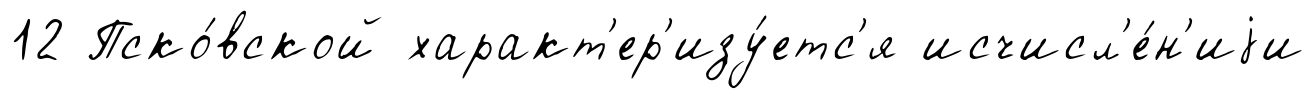
12 Пско́вской характ'ер'изу́етс'я исчисл'е́н'иjи